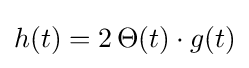
h(t)=2\,\Theta (t)\cdot g(t)